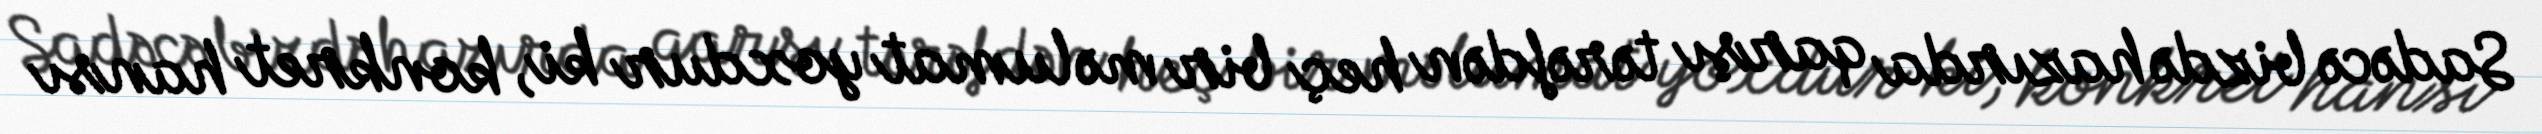
Sadəcə bizdə hazırda qarşı tərəfdən heç bir məlumat yoxdur ki, konkret hansı